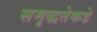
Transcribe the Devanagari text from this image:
समृद्धतेकडे